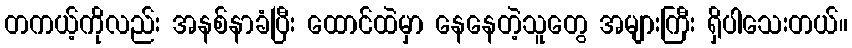
တကယ့်ကိုလည်း အနစ်နာခံပြီး ထောင်ထဲမှာ နေနေတဲ့သူတွေ အများကြီး ရှိပါသေးတယ်။